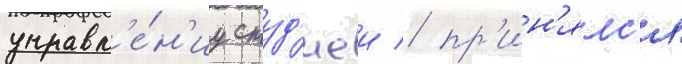
управл'е́н'иу студ'иеи / пр'ин'ялс'я